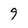
Character: 9